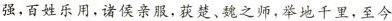
强，百姓乐用，诸侯亲服，获楚、魏之师，举地千里，至今